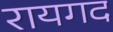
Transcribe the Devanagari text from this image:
रायगद